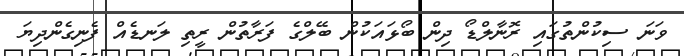
ވަނަ ސިކުންތުގައި ރޮނާލްޑޯ ދިން ބޯޅައަކުން ބޭލްގެ ފަރާތުން ރީތި ލަނޑެއް ފެނިގެންދިޔަ